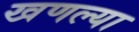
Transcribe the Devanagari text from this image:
खणल्या